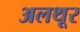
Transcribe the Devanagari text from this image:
अलथूर